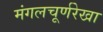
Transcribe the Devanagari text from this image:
मंगलचूर्णरेखा